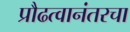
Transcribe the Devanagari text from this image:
प्रौढत्वानंतरचा